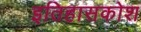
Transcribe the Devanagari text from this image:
इतिहासकोश